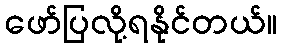
ဖော်ပြလို့ရနိုင်တယ်။